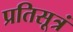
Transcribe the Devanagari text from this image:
प्रतिसूत्रं